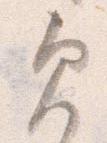
欠